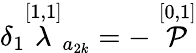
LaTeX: \delta_{1}\stackrel{[1,1]}{\lambda}_{a_{2k}}=-\stackrel{[0,1]}{\cal P}